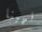
انهينا